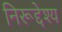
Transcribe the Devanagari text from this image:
निरूद्देश्य